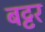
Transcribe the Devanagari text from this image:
बट्टर